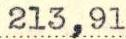
213,91